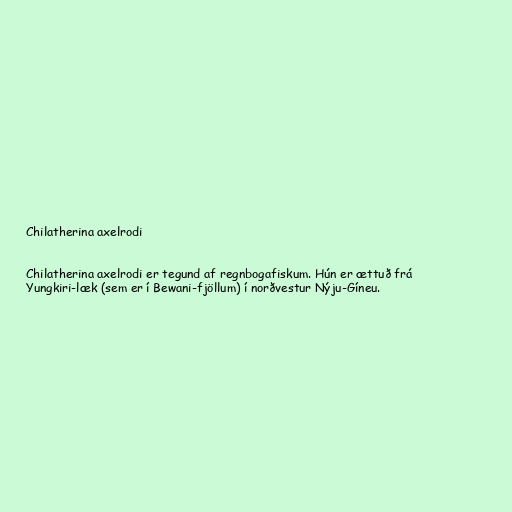
Chilatherina axelrodi

Chilatherina axelrodi er tegund af regnbogafiskum. Hún er ættuð frá
Yungkiri-læk (sem er í Bewani-fjöllum) í norðvestur Nýju-Gíneu.